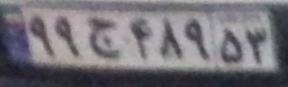
۹۹ج۴۸۹۵۳